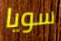
سويا